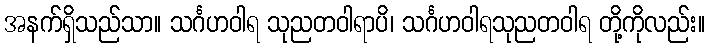
အနက်ရှိသည်သာ။ သင်္ဂဟဝါရ သုညတဝါရာပိ၊ သင်္ဂဟဝါရသုညတဝါရ တို့ကိုလည်း။